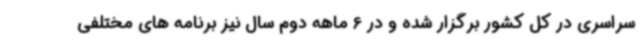
سراسری در کل کشور برگزار شده و در 6 ماهه دوم سال نیز برنامه های مختلفی